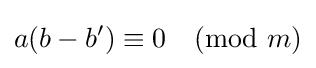
a(b-b')\equiv 0{\pmod {m}}